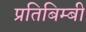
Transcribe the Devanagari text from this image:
प्रतिबिम्बी